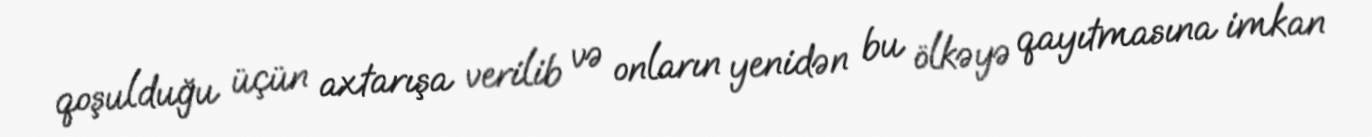
qoşulduğu üçün axtarışa verilib və onların yenidən bu ölkəyə qayıtmasına imkan